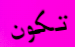
تكون